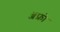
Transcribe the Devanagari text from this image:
ॲफ्रो